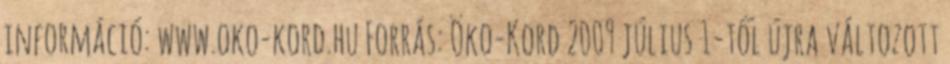
információ: www.oko-kord.hu Forrás: Öko-Kord 2009 július 1-től újra változott